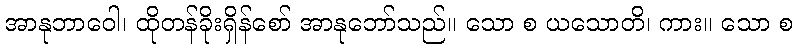
အာနုဘာဝေါ၊ ထိုတန်ခိုးရှိန်စော် အာနုဘော်သည်။ သော စ ယသောတိ၊ ကား။ သော စ